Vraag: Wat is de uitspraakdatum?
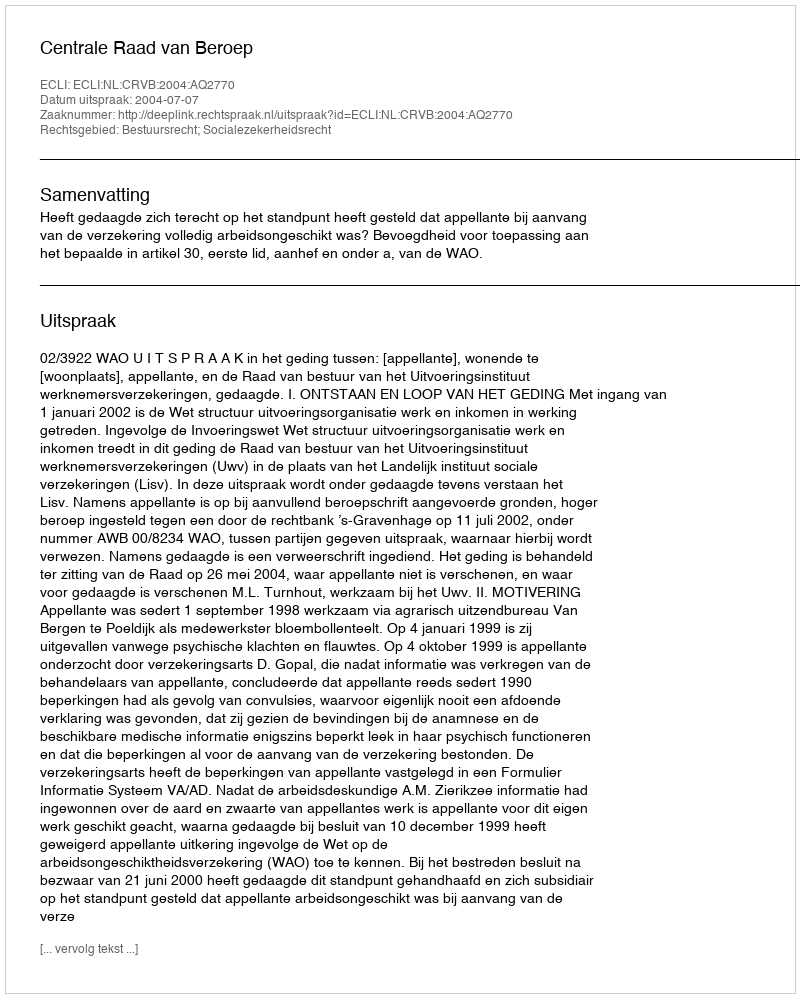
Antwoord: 2004-07-07